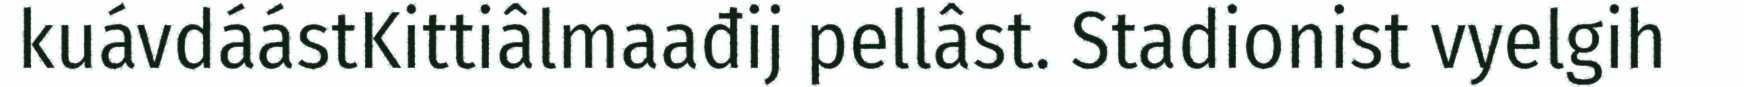
kuávdáástKittiâlmaađij pellâst. Stadionist vyelgih